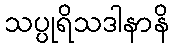
သပ္ပုရိသဒါနာနိ